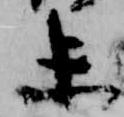
未